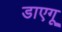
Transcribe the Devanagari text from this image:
डाएगू